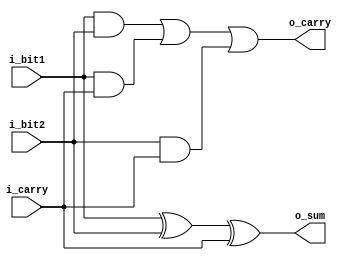
`timescale 1ns / 1ps
module full_adder(
    input i_bit1,
    input i_bit2,
    input i_carry,
    output o_sum,
    output o_carry
    );

	 assign o_sum = i_bit1 ^ i_bit2 ^ i_carry;
	 assign o_carry = (i_bit1 & i_bit2) | (i_bit1 & i_carry) | (i_bit2 & i_carry);

endmodule